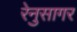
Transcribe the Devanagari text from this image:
रेनुसागर